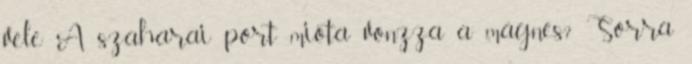
vele A szaharai port mióta vonzza a mágnes? Sorra